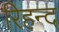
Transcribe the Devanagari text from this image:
रिहन्‍द